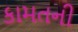
કામતની